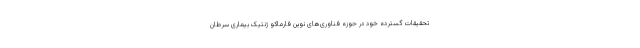
تحقیقات گسترده خود در حوزه فناوری‌های نوین فارماکو ژنتیک بیماری سرطان